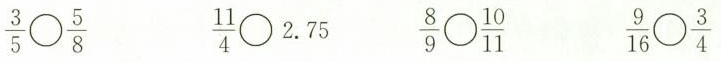
\frac{3}{5}\circ \frac{5}{8} \frac{11}{4}\circ 2.75 \frac{8}{9}\circ \frac{10}{11}\frac{9}{16}\circ \frac{3}{4}